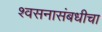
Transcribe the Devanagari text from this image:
श्वसनासंबधीचा